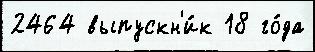
2464 выпускн'и́к 18 го́да